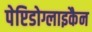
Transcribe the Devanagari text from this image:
पेप्टिडोग्लाइकैन